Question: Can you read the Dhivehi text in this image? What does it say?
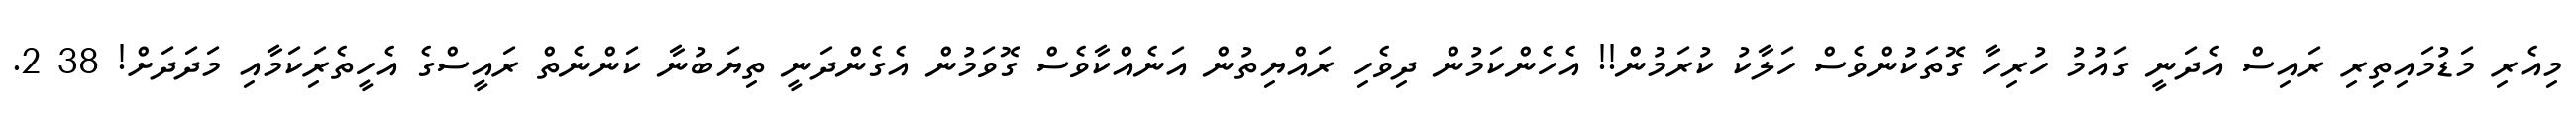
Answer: މިއެރި މަޑުމައިތިރި ރައިސް އެދަނީ ގައުމު ހުރިހާ ގޮތަކުންވެސް ހަލާކު ކުރަމުން!! އެހެންކަމުން ދިވެހި ރައްޔިތުން އަނެއްކާވެސް ގޮވަމުން އެގެންދަނީ ތިޔަބުނާ ކަންނެތް ރައީސްގެ އެހީތެރިަކަމާއި މަދަދަށް! 38 2.